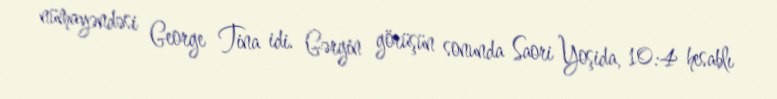
nümayəndəsi George Tina idi. Gərgin görüşün sonunda Saori Yoşida, 10:4 hesablı